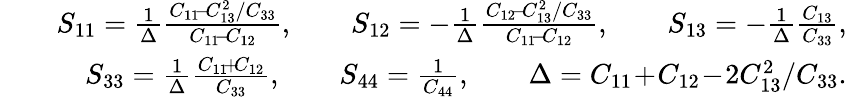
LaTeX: \begin{array}{rlr}&{}&{S_{11}=\frac{1}{\Delta}\frac{C_{11}\! -\! C_{13}^{2}/C_{33}}{C_{11}\! -\! C_{12}},\qquad S_{12}=-\frac{1}{\Delta}\frac{C_{12}\! -\! C_{13}^{2}/C_{33}}{C_{11}\! -\! C_{12}},\qquad S_{13}=-\frac{1}{\Delta}\frac{C_{13}}{C_{33}},}\\ &{}&{S_{33}=\frac{1}{\Delta}\frac{C_{11}\! +\! C_{12}}{C_{33}},\qquad S_{44}=\frac{1}{C_{44}},\qquad\Delta=C_{11}\! +\! C_{12}\! -\! 2C_{13}^{2}/C_{33}.}\end{array}